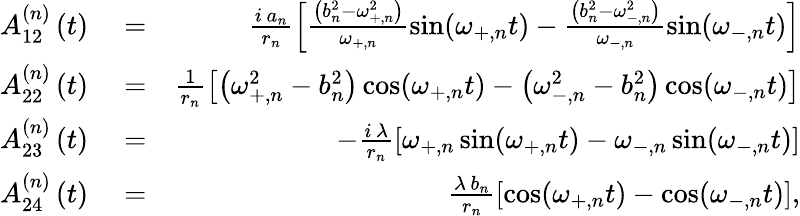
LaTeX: \begin{array}{rlr}{A_{12}^{\left(n\right)}\left(t\right)}&{{}=}&{\frac{i\, a_{n}}{r_{n}}\left[\frac{\left(b_{n}^{2}-\omega_{+,n}^{2}\right)}{\omega_{+,n}}\sin(\omega_{+,n}t)-\frac{\left(b_{n}^{2}-\omega_{-,n}^{2}\right)}{\omega_{-,n}}\sin(\omega_{-,n}t)\right]}\\ {A_{22}^{\left(n\right)}\left(t\right)}&{{}=}&{\frac{1}{r_{n}}\left[\left(\omega_{+,n}^{2}-b_{n}^{2}\right)\cos(\omega_{+,n}t)-\left(\omega_{-,n}^{2}-b_{n}^{2}\right)\cos(\omega_{-,n}t)\right]}\\ {A_{23}^{\left(n\right)}\left(t\right)}&{{}=}&{-\frac{i\, \lambda}{r_{n}}\left[\omega_{+,n}\sin(\omega_{+,n}t)-\omega_{-,n}\sin(\omega_{-,n}t)\right]}\\ {A_{24}^{\left(n\right)}\left(t\right)}&{{}=}&{\frac{\lambda\, b_{n}}{r_{n}}\left[\cos(\omega_{+,n}t)-\cos(\omega_{-,n}t)\right],}\end{array}